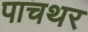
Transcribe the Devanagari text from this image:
पाचथर